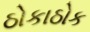
ઠોકાઠોક